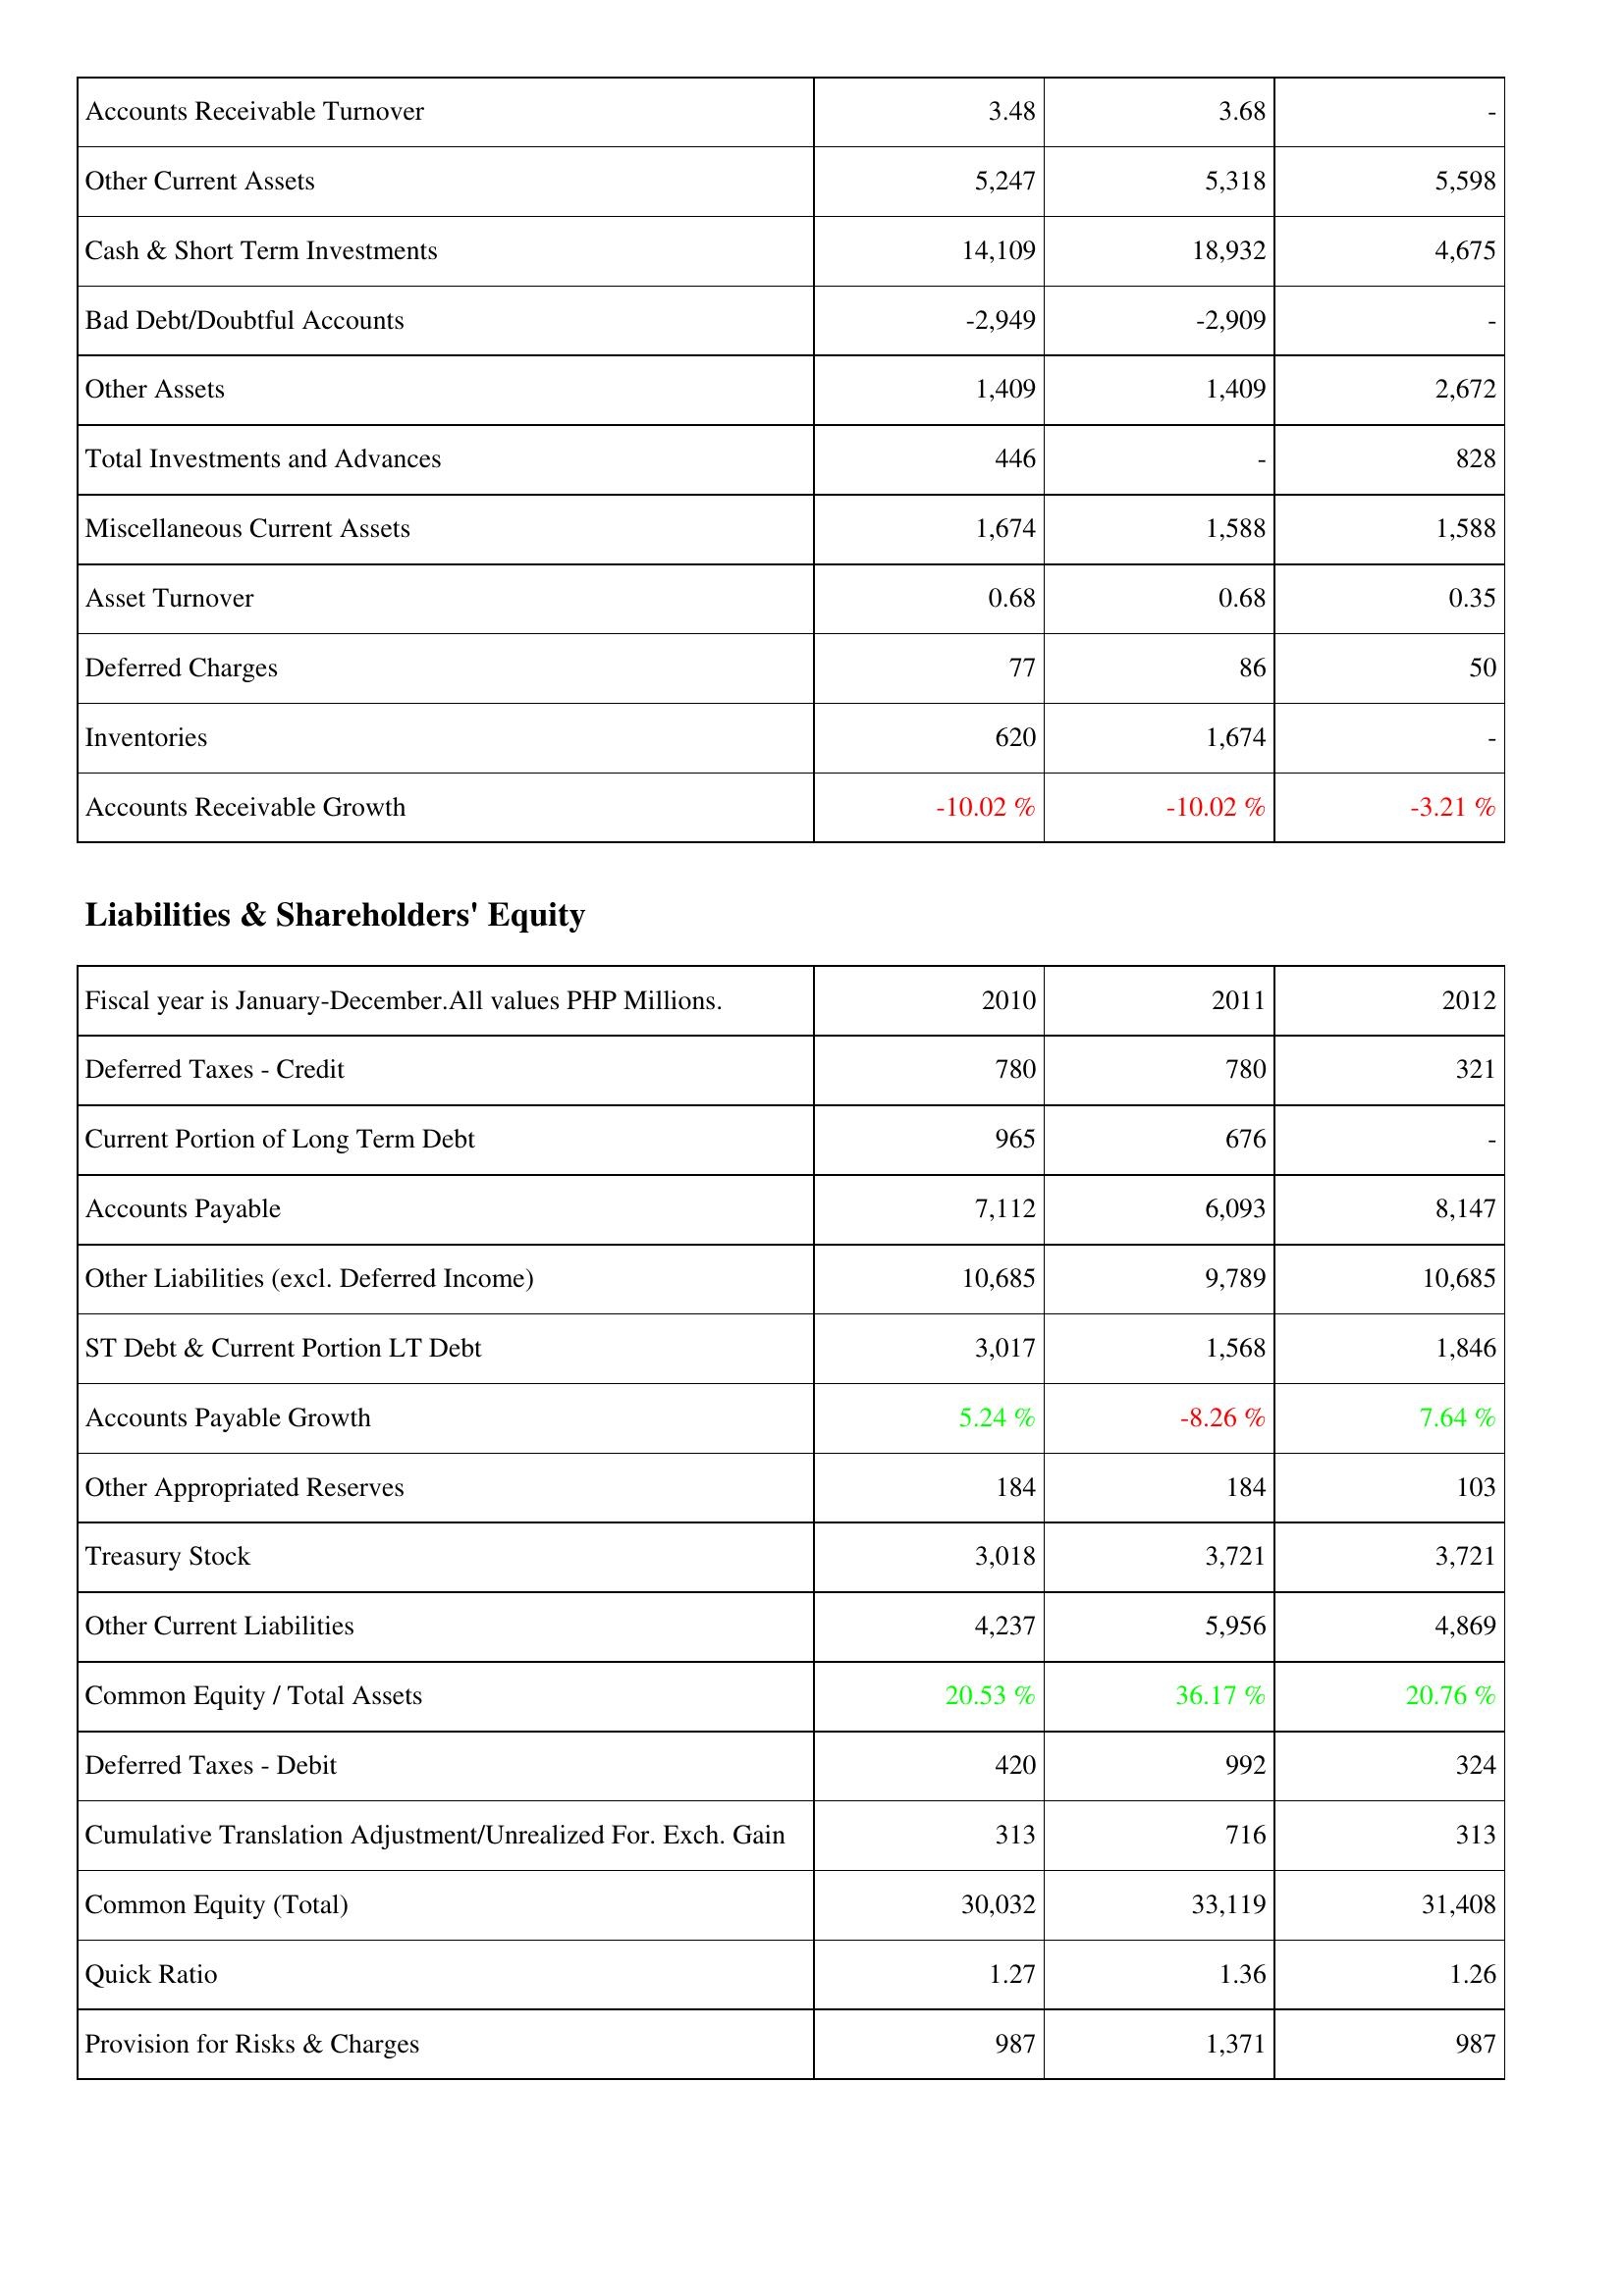
2010: Assets: Accounts Receivable Turnover: 3.48
Other Current Assets: 5,247
Cash & Short Term Investments: 14,109
Bad Debt/Doubtful Accounts: -2,949
Other Assets: 1,409
Total Investments and Advances: 446
Miscellaneous Current Assets: 1,674
Asset Turnover: 0.68
Deferred Charges: 77
Inventories: 620
Accounts Receivable Growth: -10.02 %
Liabilities & Shareholders' Equity: Deferred Taxes - Credit: 780
Current Portion of Long Term Debt: 965
Accounts Payable: 7,112
Other Liabilities (excl. Deferred Income): 10,685
ST Debt & Current Portion LT Debt: 3,017
Accounts Payable Growth: 5.24 %
Other Appropriated Reserves: 184
Treasury Stock: 3,018
Other Current Liabilities: 4,237
Common Equity / Total Assets: 20.53 %
Deferred Taxes - Debit: 420
Cumulative Translation Adjustment/Unrealized For. Exch. Gain: 313
Common Equity (Total): 30,032
Quick Ratio: 1.27
Provision for Risks & Charges: 987
2011: Assets: Accounts Receivable Turnover: 3.68
Other Current Assets: 5,318
Cash & Short Term Investments: 18,932
Bad Debt/Doubtful Accounts: -2,909
Other Assets: 1,409
Total Investments and Advances: -
Miscellaneous Current Assets: 1,588
Asset Turnover: 0.68
Deferred Charges: 86
Inventories: 1,674
Accounts Receivable Growth: -10.02 %
Liabilities & Shareholders' Equity: Deferred Taxes - Credit: 780
Current Portion of Long Term Debt: 676
Accounts Payable: 6,093
Other Liabilities (excl. Deferred Income): 9,789
ST Debt & Current Portion LT Debt: 1,568
Accounts Payable Growth: -8.26 %
Other Appropriated Reserves: 184
Treasury Stock: 3,721
Other Current Liabilities: 5,956
Common Equity / Total Assets: 36.17 %
Deferred Taxes - Debit: 992
Cumulative Translation Adjustment/Unrealized For. Exch. Gain: 716
Common Equity (Total): 33,119
Quick Ratio: 1.36
Provision for Risks & Charges: 1,371
2012: Assets: Accounts Receivable Turnover: -
Other Current Assets: 5,598
Cash & Short Term Investments: 4,675
Bad Debt/Doubtful Accounts: -
Other Assets: 2,672
Total Investments and Advances: 828
Miscellaneous Current Assets: 1,588
Asset Turnover: 0.35
Deferred Charges: 50
Inventories: -
Accounts Receivable Growth: -3.21 %
Liabilities & Shareholders' Equity: Deferred Taxes - Credit: 321
Current Portion of Long Term Debt: -
Accounts Payable: 8,147
Other Liabilities (excl. Deferred Income): 10,685
ST Debt & Current Portion LT Debt: 1,846
Accounts Payable Growth: 7.64 %
Other Appropriated Reserves: 103
Treasury Stock: 3,721
Other Current Liabilities: 4,869
Common Equity / Total Assets: 20.76 %
Deferred Taxes - Debit: 324
Cumulative Translation Adjustment/Unrealized For. Exch. Gain: 313
Common Equity (Total): 31,408
Quick Ratio: 1.26
Provision for Risks & Charges: 987